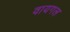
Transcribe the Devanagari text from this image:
वायगल